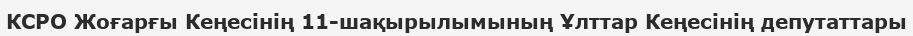
КСРО Жоғарғы Кеңесінің 11-шақырылымының Ұлттар Кеңесінің депутаттары